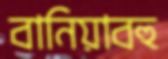
বানিয়াবহু